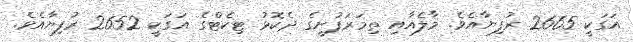
އަގަކީ 2665 ރުފިޔާއެވެ. މާލެއާއި ތިމަރަފުށީގެ ދެކޮޅު ޓިކެޓްގެ އަގަކީ 2652 ރުފިޔާއެވެ.